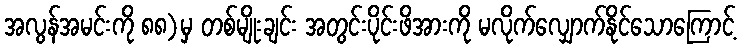
အလွန်အမင်းကို ၈၈)မှ တစ်မျိုးချင်း အတွင်းပိုင်းဖိအားကို မလိုက်လျှောက်နိုင်သောကြောင့်